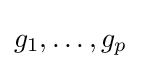
g_{1},\dots ,g_{p}